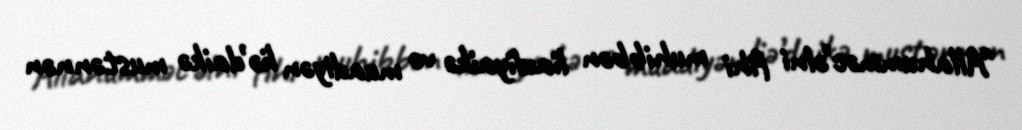
"Allahumməc’əlni fihi muhibbən liauliyaikə və muadiyən liə’daikə mustənnən